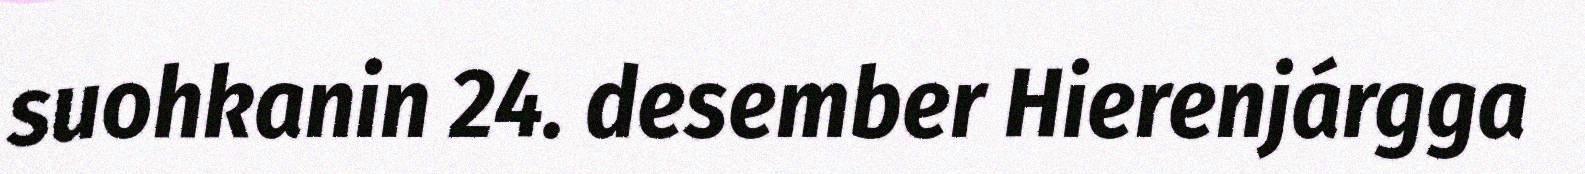
suohkanin 24. desember Hierenjárgga